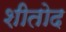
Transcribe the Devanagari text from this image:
शीतोद